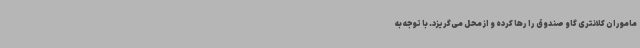
ماموران کلانتری گاو صندوق را رها کرده و از محل می‌گریزد. با توجه به